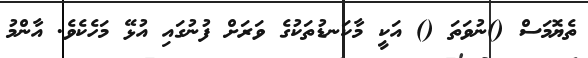
ތެޔޮމަސް ()ނުވަތަ () އަކީ މާކަނޑުތަކުގެ ވަރަށް ފުނުގައި އުޅޭ މަހެކެވެ. އާންމު